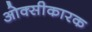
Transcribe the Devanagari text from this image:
ओक्सीकारक